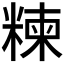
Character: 𥻂